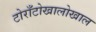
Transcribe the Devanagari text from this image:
टोराँटोखालोखाल